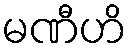
မဏီဟိ